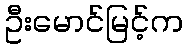
ဦးမောင်မြင့်က